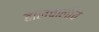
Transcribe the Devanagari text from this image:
हालचालीचे